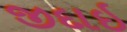
જીદાઇ